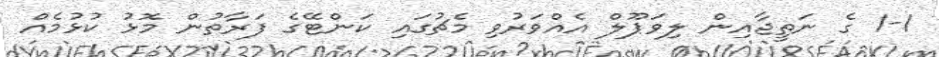
1-1 ގެ ނަތީޖާއިން ލިވަޕޫލް އެއްވަރުވި މެޗުގައި ކަންޓޭގެ ފަރާތުން މޮޅު ކުޅުމެއް